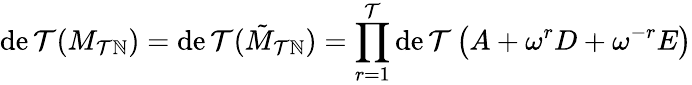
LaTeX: \operatorname*{de\mathcal{T}}(M_{\mathcal{T}\mathbb{N}})=\operatorname*{de\mathcal{T}}(\tilde{{M}}_{\mathcal{T}\mathbb{N}})=\prod_{r=1}^{\mathcal{T}}\operatorname*{de\mathcal{T}}\left(A+\omega^{r}D+\omega^{-r}E\right)